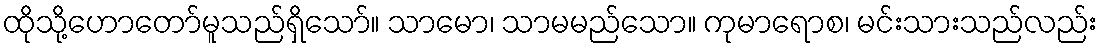
ထိုသို့ဟောတော်မူသည်ရှိသော်။ သာမော၊ သာမမည်သော။ ကုမာရောစ၊ မင်းသားသည်လည်း